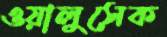
ওয়ালুসেক